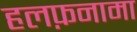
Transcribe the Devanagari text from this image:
हलफ़नामा